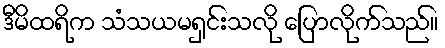
ဒီမိထရိက သံသယမရှင်းသလို ပြောလိုက်သည်။